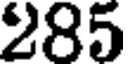
285